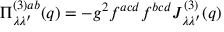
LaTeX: \Pi _ { \lambda \lambda ^ { \prime } } ^ { ( 3 ) a b } ( q ) = - g ^ { 2 } f ^ { a c d } f ^ { b c d } J _ { \lambda \lambda ^ { \prime } } ^ { ( 3 ) } ( q )